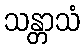
သန္တာသံ